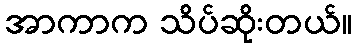
အာကာက သိပ်ဆိုးတယ်။